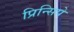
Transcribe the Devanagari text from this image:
प्रिन्सिपे